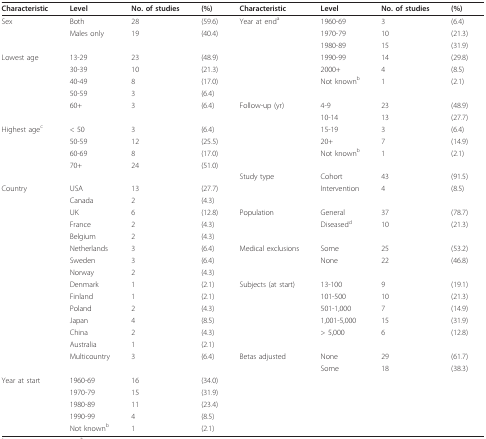
<table><thead><tr><td><b>Characteristic</b></td><td><b>Level</b></td><td><b>No. of studies</b></td><td><b>(%)</b></td><td><b>Characteristic</b></td><td><b>Level</b></td><td><b>No. of studies</b></td><td><b>(%)</b></td></tr></thead><tbody><tr><td>Sex</td><td>Both</td><td>28</td><td>(59.6)</td><td>Year at end<sup>a</sup></td><td>1960-69</td><td>3</td><td>(6.4)</td></tr><tr><td></td><td>Males only</td><td>19</td><td>(40.4)</td><td></td><td>1970-79</td><td>10</td><td>(21.3)</td></tr><tr><td></td><td></td><td></td><td></td><td></td><td>1980-89</td><td>15</td><td>(31.9)</td></tr><tr><td>Lowest age</td><td>13-29</td><td>23</td><td>(48.9)</td><td></td><td>1990-99</td><td>14</td><td>(29.8)</td></tr><tr><td></td><td>30-39</td><td>10</td><td>(21.3)</td><td></td><td>2000+</td><td>4</td><td>(8.5)</td></tr><tr><td></td><td>40-49</td><td>8</td><td>(17.0)</td><td></td><td>Not known<sup>b</sup></td><td>1</td><td>(2.1)</td></tr><tr><td></td><td>50-59</td><td>3</td><td>(6.4)</td><td></td><td></td><td></td><td></td></tr><tr><td></td><td>60+</td><td>3</td><td>(6.4)</td><td>Follow-up (yr)</td><td>4-9</td><td>23</td><td>(48.9)</td></tr><tr><td></td><td></td><td></td><td></td><td></td><td>10-14</td><td>13</td><td>(27.7)</td></tr><tr><td>Highest age<sup>c</sup></td><td>&lt; 50</td><td>3</td><td>(6.4)</td><td></td><td>15-19</td><td>3</td><td>(6.4)</td></tr><tr><td></td><td>50-59</td><td>12</td><td>(25.5)</td><td></td><td>20+</td><td>7</td><td>(14.9)</td></tr><tr><td></td><td>60-69</td><td>8</td><td>(17.0)</td><td></td><td>Not known<sup>b</sup></td><td>1</td><td>(2.1)</td></tr><tr><td></td><td>70+</td><td>24</td><td>(51.0)</td><td></td><td></td><td></td><td></td></tr><tr><td></td><td></td><td></td><td></td><td>Study type</td><td>Cohort</td><td>43</td><td>(91.5)</td></tr><tr><td>Country</td><td>USA</td><td>13</td><td>(27.7)</td><td></td><td>Intervention</td><td>4</td><td>(8.5)</td></tr><tr><td></td><td>Canada</td><td>2</td><td>(4.3)</td><td></td><td></td><td></td><td></td></tr><tr><td></td><td>UK</td><td>6</td><td>(12.8)</td><td>Population</td><td>General</td><td>37</td><td>(78.7)</td></tr><tr><td></td><td>France</td><td>2</td><td>(4.3)</td><td></td><td>Diseased<sup>d</sup></td><td>10</td><td>(21.3)</td></tr><tr><td></td><td>Belgium</td><td>2</td><td>(4.3)</td><td></td><td></td><td></td><td></td></tr><tr><td></td><td>Netherlands</td><td>3</td><td>(6.4)</td><td>Medical exclusions</td><td>Some</td><td>25</td><td>(53.2)</td></tr><tr><td></td><td>Sweden</td><td>3</td><td>(6.4)</td><td></td><td>None</td><td>22</td><td>(46.8)</td></tr><tr><td></td><td>Norway</td><td>2</td><td>(4.3)</td><td></td><td></td><td></td><td></td></tr><tr><td></td><td>Denmark</td><td>1</td><td>(2.1)</td><td>Subjects (at start)</td><td>13-100</td><td>9</td><td>(19.1)</td></tr><tr><td></td><td>Finland</td><td>1</td><td>(2.1)</td><td></td><td>101-500</td><td>10</td><td>(21.3)</td></tr><tr><td></td><td>Poland</td><td>2</td><td>(4.3)</td><td></td><td>501-1,000</td><td>7</td><td>(14.9)</td></tr><tr><td></td><td>Japan</td><td>4</td><td>(8.5)</td><td></td><td>1,001-5,000</td><td>15</td><td>(31.9)</td></tr><tr><td></td><td>China</td><td>2</td><td>(4.3)</td><td></td><td>&gt; 5,000</td><td>6</td><td>(12.8)</td></tr><tr><td></td><td>Australia</td><td>1</td><td>(2.1)</td><td></td><td></td><td></td><td></td></tr><tr><td></td><td>Multicountry</td><td>3</td><td>(6.4)</td><td>Betas adjusted</td><td>None</td><td>29</td><td>(61.7)</td></tr><tr><td></td><td></td><td></td><td></td><td></td><td>Some</td><td>18</td><td>(38.3)</td></tr><tr><td>Year at start</td><td>1960-69</td><td>16</td><td>(34.0)</td><td></td><td></td><td></td><td></td></tr><tr><td></td><td>1970-79</td><td>15</td><td>(31.9)</td><td></td><td></td><td></td><td></td></tr><tr><td></td><td>1980-89</td><td>11</td><td>(23.4)</td><td></td><td></td><td></td><td></td></tr><tr><td></td><td>1990-99</td><td>4</td><td>(8.5)</td><td></td><td></td><td></td><td></td></tr><tr><td></td><td>Not known<sup>b</sup></td><td>1</td><td>(2.1)</td><td></td><td></td><td></td><td></td></tr></tbody></table>